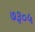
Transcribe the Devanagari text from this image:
७३०५